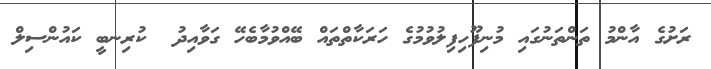
ރަށުގެ އާންމު ތަންތަނުގައި މުނިފޫހިފިލުވުމުގެ ހަރަކާތްތައް ބޭއްވުމާބެހޭ ގަވާއިދު  ކުރިނބީ ކައުންސިލް